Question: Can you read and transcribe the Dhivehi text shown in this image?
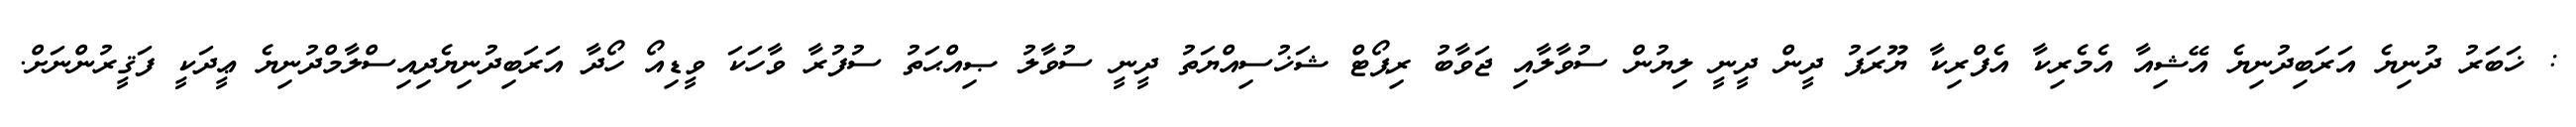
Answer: : ޚަބަރު ދުނިޔެ އަރަބިދުނިޔެ އޭޝިއާ އެމެރިކާ އެފްރިކާ ޔޫރަޕު ދީން ދީނީ ލިޔުން ސުވާލާއި ޖަވާބު ރިޕޯޓް ޝަޚުސިއްޔަތު ދީނީ ސުވާލު ޞިއްޙަތު ސުފުރާ ވާހަކަ ވީޑިއޯ ހޯދާ އަރަބިދުނިޔެދިއިސްލާމްދުނިޔެ ޢީދަކީ ފަޤީރުންނަށް.